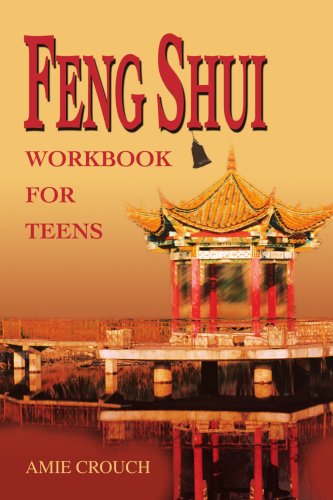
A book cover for Feng Shui Workbook for Teens; Amie Crouch; Teen & Young Adult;